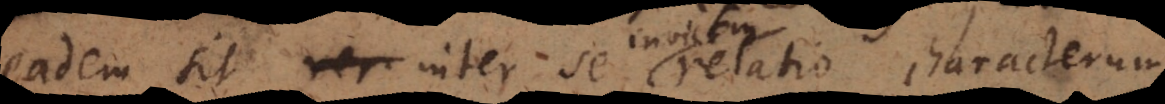
eadem sit inter se relatio characterum